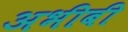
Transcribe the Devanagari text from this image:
अभीबी